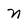
Character: n